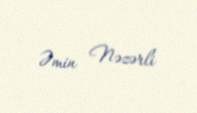
Əmin Nəzərli